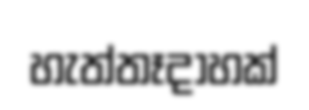
හැත්තෑදාහක්